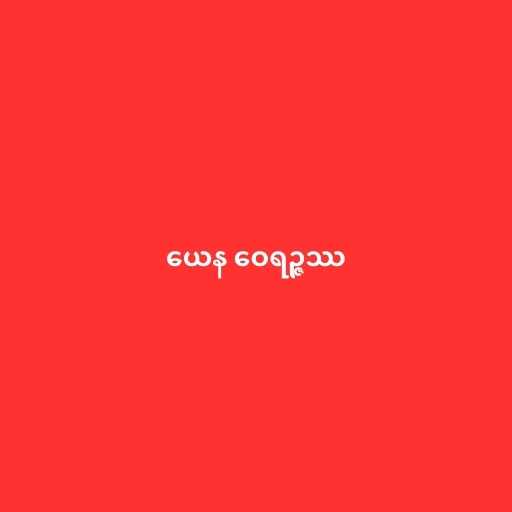
ယေန ဝေရဉ္ဇဿ